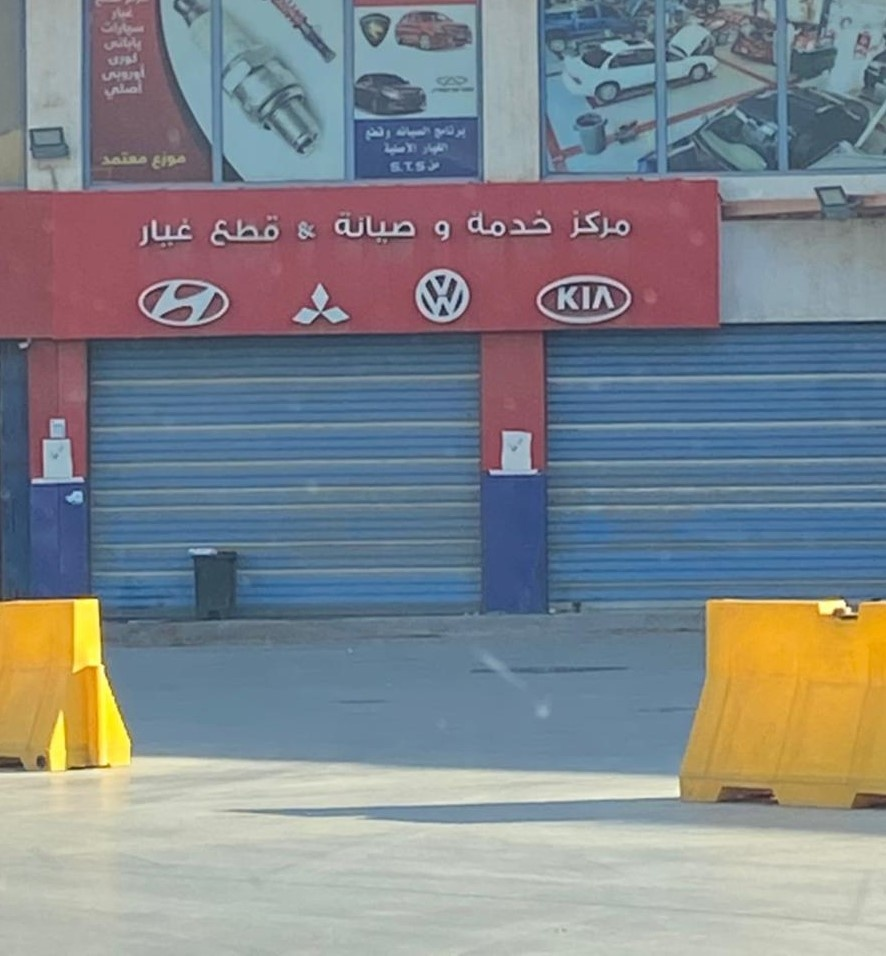
Text in image: خدمة مركز صيانة و قطع غيار KIA